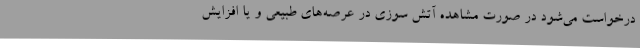
درخواست می‌شود در صورت مشاهده آتش سوزی در عرصه‌های طبیعی و یا افزایش